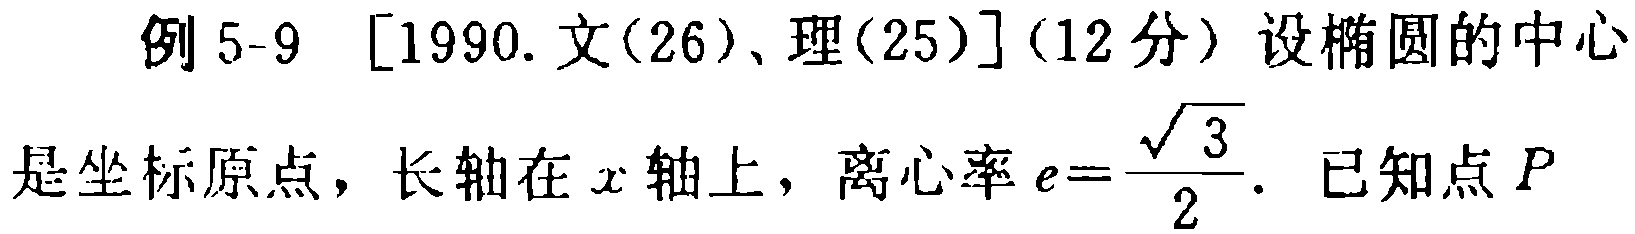
例 5-9 [1990.文(26)、理(25)](12 分) 设椭圆的中心是坐标原点，长轴在\(x\)轴上，离心率\(e = \frac{\sqrt{3}}{2}\). 已知点\(P\)